Annual report on the working of the lock hospitals in the Central Provinces
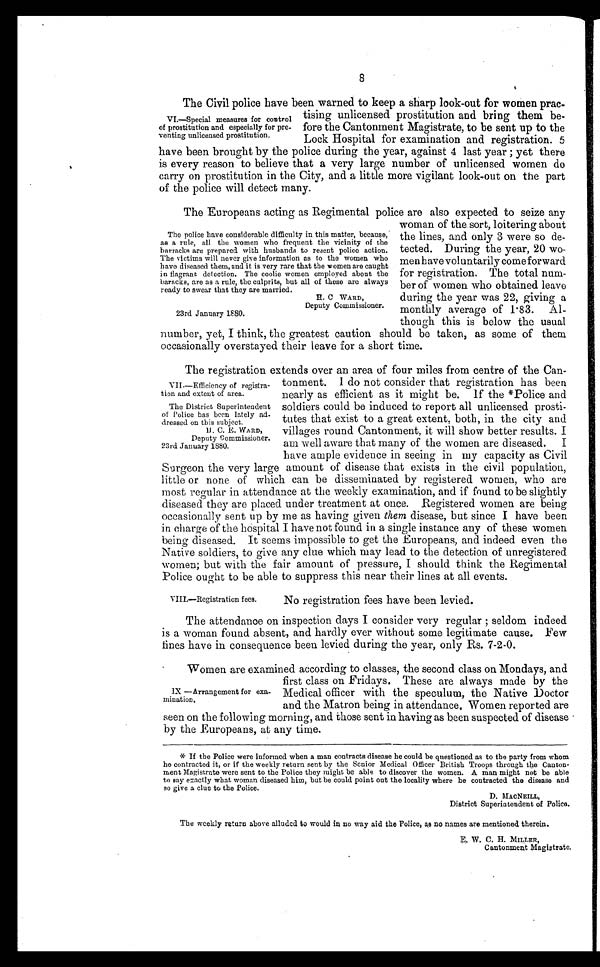
VII—Efficiency of registra-
tion and extent of area.
The District Superintendent
of Police has been lately ad-
dressed on this subject.
H. C. E. WARD,
Deputy Commissioner.
23rd January 1880.
8
The Civil police have been warned to keep a sharp look-out for women prac-
tising unlicensed prostitution and bring them be-
fore the Cantonment Magistrate, to be sent up to the
Lock Hospital for examination and registration. 5
have been brought by the police during the year, against 4 last year ; yet there
is every reason to believe that a very large number of unlicensed women do
carry on prostitution in the City, and a little more vigilant look-out on the part
of the police will detect many.
The Europeans acting as Regimental police are also expected to seize any
woman of the sort, loitering about
the lines, and only 3 were so de-
tected. During the year, 20 wo-
men have vol untarily come forward
for registration. The total num-
ber of women who obtained leave
during the year was 22, giving a
monthly average of 1.83. Al-
though this is below the usual
number, yet, I think, the greatest caution should be taken, as some of them
occasionally overstayed their leave for a short time.
The registration extends over an area of four miles from centre of the Can-
tonment. I do not consider that registration has been
nearly as efficient as it might be. if the *Police and
soldiers could be induced to report all unlicensed prosti-
tutes that exist to a great extent, both, in the city and
villages round Cantonment, it will show better results. I
am well aware that many of the women are diseased. I
have ample evidence in seeing in my capacity as Civil
Surgeon the very large amount of disease that exists in the civil population,
little or none of which can be disseminated by registered women, who are
most regular in attendance at the weekly examination, and if found to be slightly
diseased they are placed under treatment at once. Registered women are being
occasionally sent up by me as having given them disease, but since I have been
in charge of the hospital I have not found in a single instance any of these women
being diseased. It seems impossible to get the Europeans, and indeed even the
Native soldiers, to give any clue which may lead to the detection of unregistered
women; but with the fair amount of pressure, I should think the Regimental
Police ought to be able to suppress this near their lines at all events.
VI.—Special measures for control
of prostitution and especially for pre-
venting unlicensed prostitution.
The police have considerable difficulty in this matter, because,
as a rule, all the women who frequent the vicinity of the
barracks are prepared with husbands to resent police action.
The victims will never give information as to the women who
have diseased them, and it is very rare that the women are caught
in flagrant detection. The coolie women employed about the
baracks, are as a rule, the culprits, but all of these are always
ready to swear that they are married.
Deputy Commissioner.
23rd January 1880.
VIII.—Registration fees.
No registration fees have been levied.
The attendance on inspection days I consider very regular ; seldom indeed
is a woman found absent, and hardly ever without some legitimate cause. Few
fines have in consequence been levied during the year, only Rs. 7-2-0.
Women are examined according to classes, the second class on Mondays, and
first class on Fridays. These are always made by the
Medical officer with the speculum, the Native Doctor
and the Matron being in attendance, Women reported are
seen on the following morning, and those sent in having as been suspected of disease
by the Europeans, at any time.
* If the Police were informed when a man contracts disease he could be questioned as to the party from whom
he contracted it, or if the weekly return sent by the Senior Medical Officer British Troops through the Canton-
ment Magistrate were sent to the Police they might be able to discover the women. A man might not be able
to say exactly what woman diseased him, but be could point out the locality where he contracted the disease and
s o g i v e a c l u e t o t h e P o l i c e .
D. MACNEILL,
District Superintendent of Police.
The weekly return above alluded to would in no way aid the Police, as no names are mentioned therein.
IX —Arrangement for exa-
mination.
E. W. C. B. MILLER,
Cantonment Magistrate.